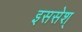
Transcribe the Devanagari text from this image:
इससेश्